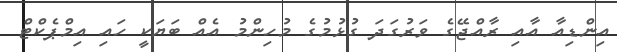
އިންޑިއާ އާއި ރާއްޖޭގެ ވަރުގަދަ ގުޅުމުގެ މުހިންމު އެއް ބަޔަކީ ހައި އިމްޕެކްޓް